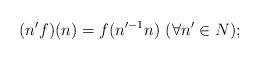
LaTeX: \begin{align*}(n'f)(n)=f(n'^{-1}n)\ (\forall n'\in N);\end{align*}